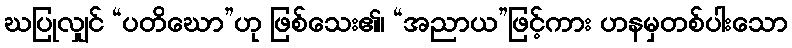
ဃပြုလျှင် “ပတိဃော”ဟု ဖြစ်သေး၏၊ “အညာယ”ဖြင့်ကား ဟနမှတစ်ပါးသော